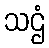
သဌံ